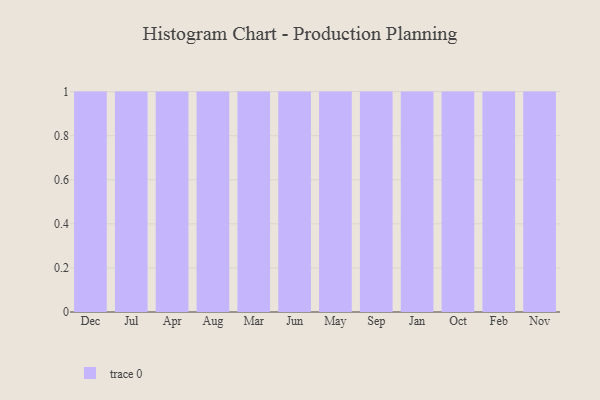
{"axis": {"x": "Month", "y": "Page Views"}, "legend": [""], "data": [{"x": "Dec", "y": 45, "type": ""}, {"x": "Jul", "y": 43, "type": ""}, {"x": "Apr", "y": 99, "type": ""}, {"x": "Aug", "y": 58, "type": ""}, {"x": "Mar", "y": 16, "type": ""}, {"x": "Jun", "y": 38, "type": ""}, {"x": "May", "y": 6, "type": ""}, {"x": "Sep", "y": 99, "type": ""}, {"x": "Jan", "y": 1, "type": ""}, {"x": "Oct", "y": 3, "type": ""}, {"x": "Feb", "y": 41, "type": ""}, {"x": "Nov", "y": 77, "type": ""}]}